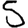
Digit: 5